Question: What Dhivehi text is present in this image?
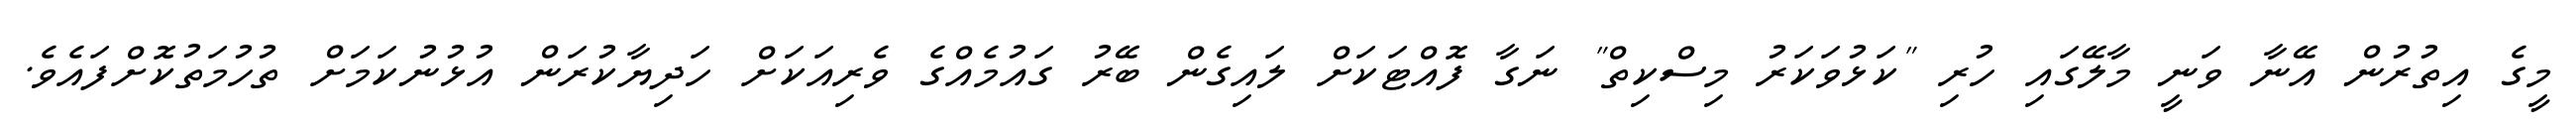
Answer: މީގެ އިތުރުން އޭނާ ވަނީ މާލޭގައި ހުރި "ކަޅުވަކަރު މިސްކިތް" ނަގާ ފޮއްޓަކަށް ލައިގެން ބޭރު ގައުމެއްގެ ވެރިއަކަށް ހަދިޔާކުރަން އުޅުނުކަމަށް ތުހުމަތުކޮށްފައެވެ.